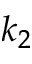
k _ { 2 }